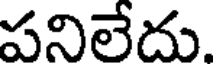
పనిలేదు.